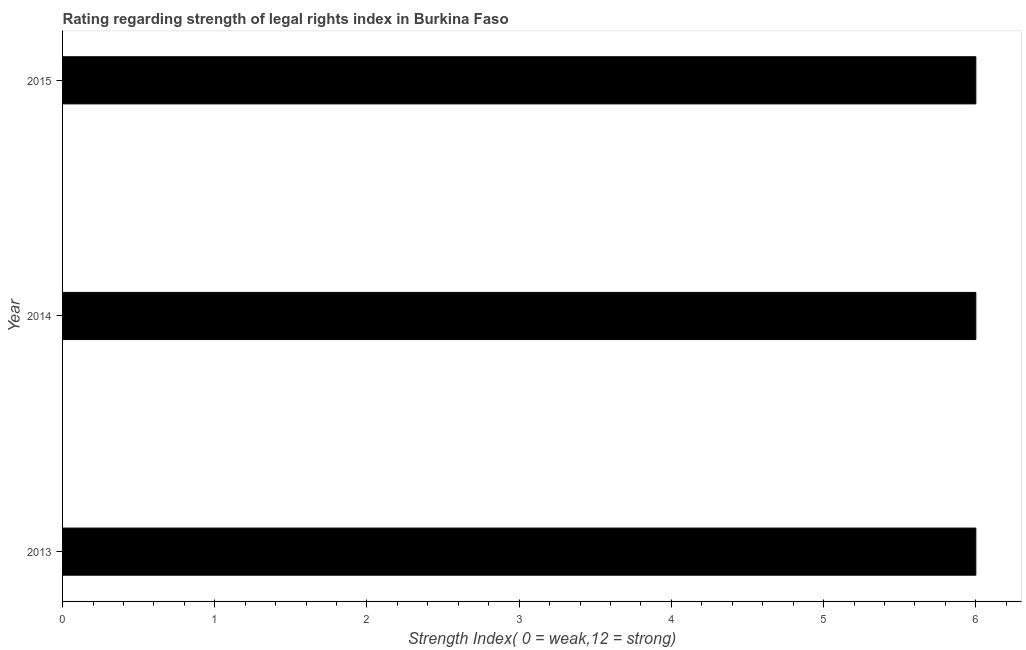
| Year | Strength of legal rights index |
 | --- | --- |
 | 2013 | 6 |
 | 2014 | 6 |
 | 2015 | 6 |